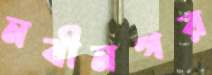
নবীনগর